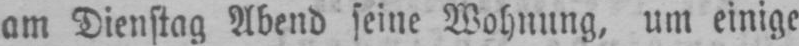
am Dienstag Abend seine Wohnung, um einige